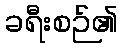
ခရီးစဉ်၏